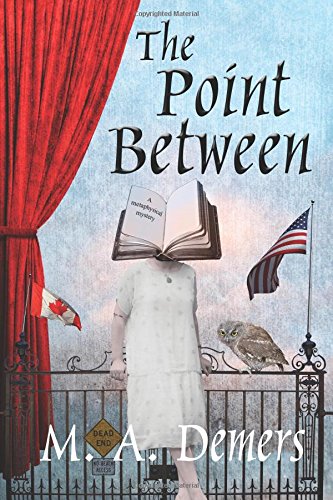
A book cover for The Point Between: A Metaphysical Mystery; M. A. Demers; Mystery, Thriller & Suspense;